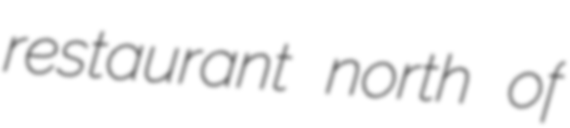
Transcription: restaurant north of